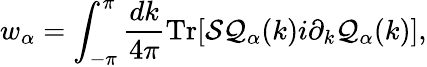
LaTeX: w_{\alpha}=\int_{-\pi}^{\pi}\frac{dk}{4\pi}\mathrm{Tr}[{\cal S}{\cal Q}_{\alpha}(k)i\partial_{k}{\cal Q}_{\alpha}(k)],